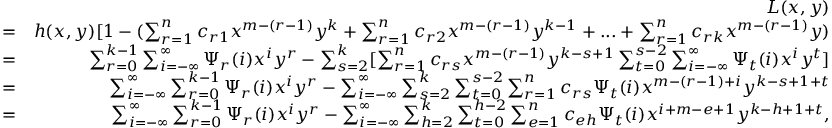
\begin{array} { r l r } & { } & { L ( x , y ) } \\ & { = } & { h ( x , y ) [ 1 - ( \sum _ { r = 1 } ^ { n } c _ { r 1 } x ^ { m - ( r - 1 ) } y ^ { k } + \sum _ { r = 1 } ^ { n } c _ { r 2 } x ^ { m - ( r - 1 ) } y ^ { k - 1 } + . . . + \sum _ { r = 1 } ^ { n } c _ { r k } x ^ { m - ( r - 1 ) } y ) } \\ & { = } & { \sum _ { r = 0 } ^ { k - 1 } \sum _ { i = - \infty } ^ { \infty } \Psi _ { r } ( i ) x ^ { i } y ^ { r } - \sum _ { s = 2 } ^ { k } [ \sum _ { r = 1 } ^ { n } c _ { r s } x ^ { m - ( r - 1 ) } y ^ { k - s + 1 } \sum _ { t = 0 } ^ { s - 2 } \sum _ { i = - \infty } ^ { \infty } \Psi _ { t } ( i ) x ^ { i } y ^ { t } ] } \\ & { = } & { \sum _ { i = - \infty } ^ { \infty } \sum _ { r = 0 } ^ { k - 1 } \Psi _ { r } ( i ) x ^ { i } y ^ { r } - \sum _ { i = - \infty } ^ { \infty } \sum _ { s = 2 } ^ { k } \sum _ { t = 0 } ^ { s - 2 } \sum _ { r = 1 } ^ { n } c _ { r s } \Psi _ { t } ( i ) x ^ { m - ( r - 1 ) + i } y ^ { k - s + 1 + t } } \\ & { = } & { \sum _ { i = - \infty } ^ { \infty } \sum _ { r = 0 } ^ { k - 1 } \Psi _ { r } ( i ) x ^ { i } y ^ { r } - \sum _ { i = - \infty } ^ { \infty } \sum _ { h = 2 } ^ { k } \sum _ { t = 0 } ^ { h - 2 } \sum _ { e = 1 } ^ { n } c _ { e h } \Psi _ { t } ( i ) x ^ { i + m - e + 1 } y ^ { k - h + 1 + t } , } \end{array}